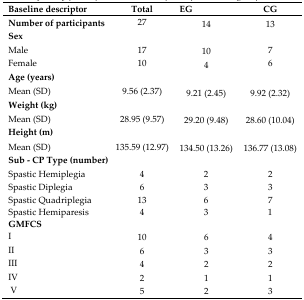
| Baseline descriptor | Total | EG | CG |
 | --- | --- | --- | --- |
 | Number of participants | 27 | 14 | 13 |
 | Sex |  |  |  |
 | Male | 17 | 10 | 7 |
 | Female | 10 | 4 | 6 |
 | Age (years) |  |  |  |
 | Mean (SD) | 9.56 (2.37) | 9.21 (2.45) | 9.92 (2.32) |
 | Weight (kg) |  |  |  |
 | Mean (SD) | 28.95 (9.57) | 29.20 (9.48) | 28.60 (10.04) |
 | Height (m) |  |  |  |
 | Mean (SD) | 135.59 (12.97) | 134.50 (13.26) | 136.77 (13.08) |
 | Sub - CP Type (number) |  |  |  |
 | Spastic Hemiplegia | 4 | 2 | 2 |
 | Spastic Diplegia | 6 | 3 | 3 |
 | Spastic Quadriplegia | 13 | 6 | 7 |
 | Spastic Hemiparesis | 4 | 3 | 1 |
 | GMFCS |  |  |  |
 | I | 10 | 6 | 4 |
 | II | 6 | 3 | 3 |
 | III | 4 | 2 | 2 |
 | IV | 2 | 1 | 1 |
 | V | 5 | 2 | 3 |